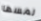
لمسها